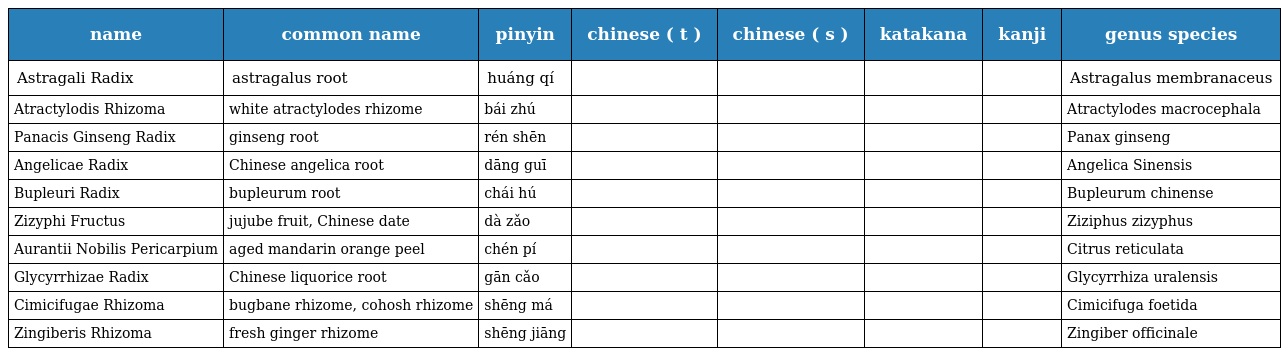
| name | common name | pinyin | chinese ( t ) | chinese ( s ) | katakana | kanji | genus species |
 | --- | --- | --- | --- | --- | --- | --- | --- |
 | Astragali Radix | astragalus root | huáng qí | 黃蓍 | 黄芪 | オウギ | 黄耆 | Astragalus membranaceus |
 | Atractylodis Rhizoma | white atractylodes rhizome | bái zhú | 白朮 | 白术 | ビャクジュツ | 白朮 | Atractylodes macrocephala |
 | Panacis Ginseng Radix | ginseng root | rén shēn | 人參 | 人参 | ニンジン | 人参 | Panax ginseng |
 | Angelicae Radix | Chinese angelica root | dāng guī | 當歸 | 当归 | トウキ | 当帰 | Angelica Sinensis |
 | Bupleuri Radix | bupleurum root | chái hú | 柴胡 | 柴胡 | サイコ | 柴胡 | Bupleurum chinense |
 | Zizyphi Fructus | jujube fruit, Chinese date | dà zǎo | 大棗 | 大枣 | タイソウ | 大棗 | Ziziphus zizyphus |
 | Aurantii Nobilis Pericarpium | aged mandarin orange peel | chén pí | 陳皮 | 陈皮 | チンピ | 陳皮 | Citrus reticulata |
 | Glycyrrhizae Radix | Chinese liquorice root | gān cǎo | 甘草 | 甘草 | カンゾウ | 甘草 | Glycyrrhiza uralensis |
 | Cimicifugae Rhizoma | bugbane rhizome, cohosh rhizome | shēng má | 升麻 | 升麻 | ショウマ | 升麻 | Cimicifuga foetida |
 | Zingiberis Rhizoma | fresh ginger rhizome | shēng jiāng | 生薑 | 生姜 | ショウキョウ | 生姜 | Zingiber officinale |